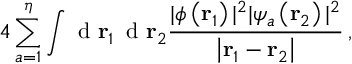
4 \sum _ { a = 1 } ^ { \eta } \int \textrm { d } \mathbf r _ { 1 } \, \textrm { d } \mathbf r _ { 2 } \frac { | \phi \left( \mathbf r _ { 1 } \right) | ^ { 2 } | \psi _ { a } \left( \mathbf r _ { 2 } \right) | ^ { 2 } } { \left| \mathbf r _ { 1 } - \mathbf r _ { 2 } \right| } \, ,